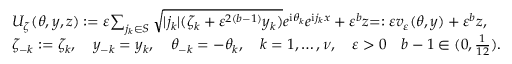
\begin{array} { r l } & { U _ { \zeta } ( \theta , y , z ) : = \varepsilon { \sum _ { j _ { k } \in S } \sqrt { | j _ { k } | ( \zeta _ { k } + \varepsilon ^ { 2 ( b - 1 ) } y _ { k } ) } e ^ { \mathrm { i } \theta _ { k } } } e ^ { \mathrm { i } j _ { k } x } + \varepsilon ^ { b } z { = : \varepsilon v _ { \varepsilon } ( \theta , y ) } + \varepsilon ^ { b } z , } \\ & { \zeta _ { - k } : = \zeta _ { k } , \quad y _ { - k } = y _ { k } , \quad \theta _ { - k } = - \theta _ { k } , \quad k = 1 , \ldots , \nu , \quad \varepsilon > 0 \quad b - 1 \in ( 0 , \frac { 1 } { 1 2 } ) . } \end{array}